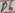
Text: D6